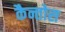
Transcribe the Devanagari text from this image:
कैन्तोस